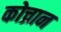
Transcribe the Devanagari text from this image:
कोच्रान